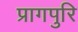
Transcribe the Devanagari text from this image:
प्रागपुरि